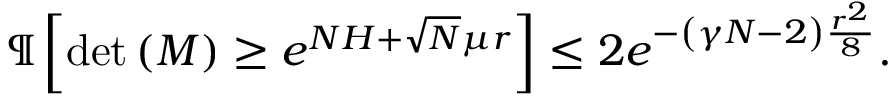
\P \left[ \operatorname* { d e t } \left( M \right) \ge e ^ { N H + \sqrt { N } \mu r } \right] \le 2 e ^ { - \left( \gamma N - 2 \right) \frac { r ^ { 2 } } { 8 } } .